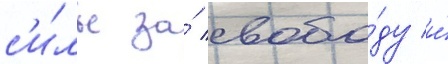
с'и́лы за́ свобо́ду и́